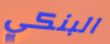
البنكي